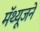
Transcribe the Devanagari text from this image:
मॅथ्यूजने